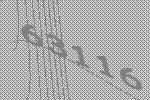
63116